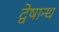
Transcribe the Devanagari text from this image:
द्वेषान्ध